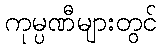
ကုမ္ပဏီများတွင်